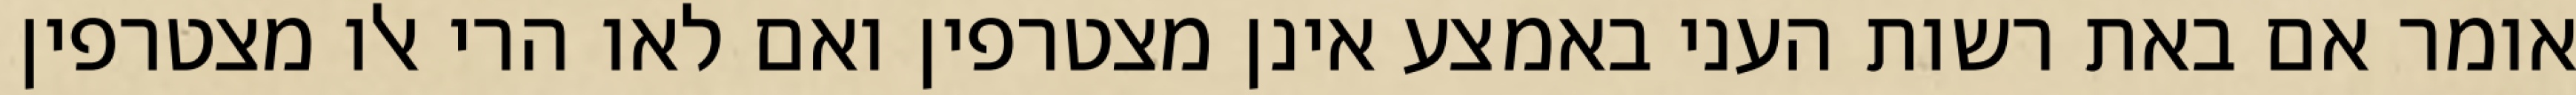
אומר אם באת רשות העני באמצע אינן מצטרפין ואם לאו הרי אלו מצטרפין